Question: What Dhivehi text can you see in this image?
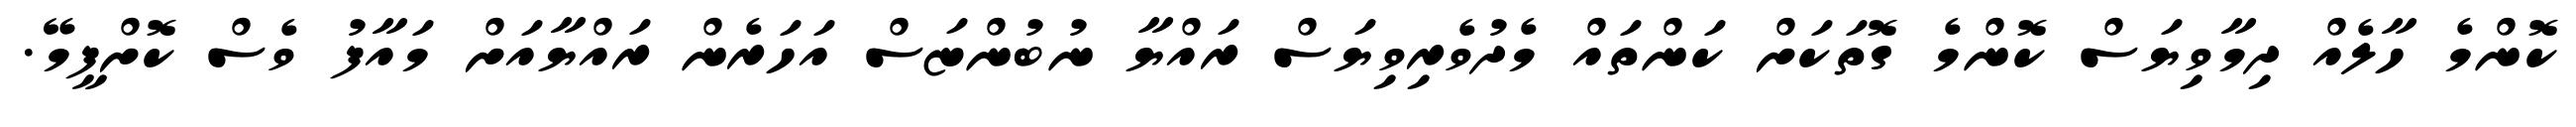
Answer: ކޮންމެ ހާލެއް ދިމާވިޔަސް ކޮންމެ ގޮތަކަށް ކަންތައް މެދުވެރިވިޔަސް ރައްޔާ ނުބުންޏަސް އަހަރެން ރައްޔާއަށް މައާފު ވެސް ކޮށްފީމޭ.